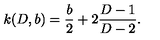
k ( D , b ) = { \frac { b } { 2 } } + 2 { \frac { D - 1 } { D - 2 } } .